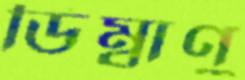
ডিম্বাণু